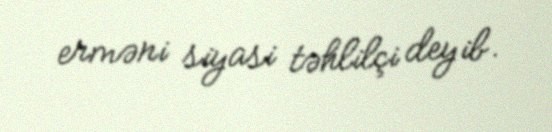
erməni siyasi təhlilçi deyib.